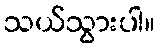
သယ်သွားပါ။